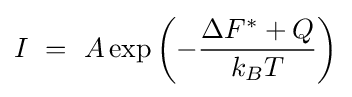
I\ =\ A\exp \left(-{\frac {\Delta F^{*}+Q}{k_{B}T}}\right)